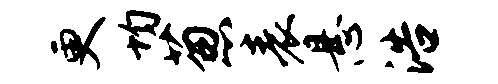
更均葱表悬浩